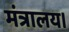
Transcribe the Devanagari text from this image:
मंत्रालय।